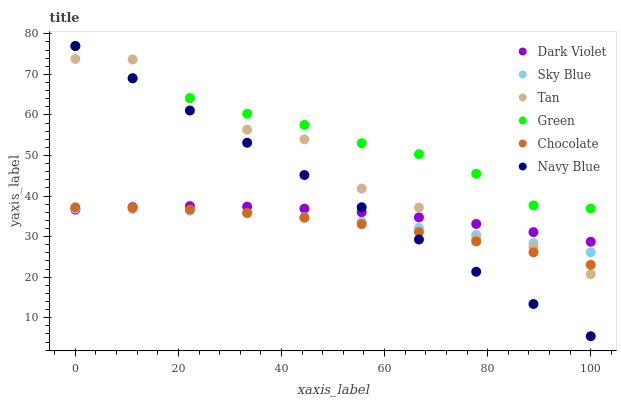
| xaxis_label | Dark Violet | Sky Blue | Tan | Green | Chocolate | Navy Blue |
 | --- | --- | --- | --- | --- | --- | --- |
 | 0 | 36.6 | 36.9 | 73.8 | 77 | 37.2 | 77 |
 | 11.1 | 37.3 | 36.8 | 73.7 | 69 | 37.1 | 69 |
 | 22.2 | 37.5 | 36.4 | 64.1 | 64.2 | 36.7 | 61.1 |
 | 33.3 | 37.4 | 35.7 | 56.4 | 60.3 | 35.9 | 53.1 |
 | 44.4 | 36.9 | 34.8 | 54 | 57.5 | 34.6 | 45.2 |
 | 55.6 | 36 | 33.6 | 41.8 | 53 | 33.1 | 37.2 |
 | 66.7 | 34.7 | 32.1 | 37.2 | 50.3 | 31.1 | 29.3 |
 | 77.8 | 33.1 | 30.4 | 29.4 | 45.5 | 28.8 | 21.3 |
 | 88.9 | 31.1 | 28.4 | 27.4 | 37.7 | 26.1 | 13.4 |
 | 100 | 28.7 | 26.1 | 20.7 | 36.9 | 23 | 5.42 |